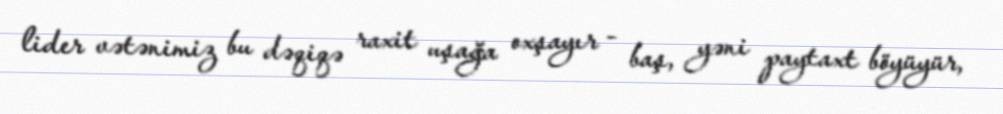
lider vətənimiz bu dəqiqə raxit uşağa oxşayır - baş, yəni paytaxt böyüyür,